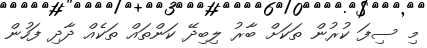
މި ސިފަ ކުރުން ތަކަށް ބާރު ލިބިދޭ ކަންތައް ތަކެއް ދާދި ފަހުން